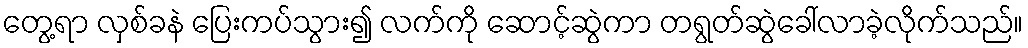
တွေ့ရာ လှစ်ခနဲ ပြေးကပ်သွား၍ လက်ကို ဆောင့်ဆွဲကာ တရွတ်ဆွဲခေါ်လာခဲ့လိုက်သည်။